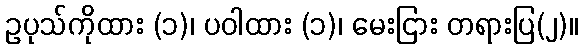
ဥပုသ်ကိုထား (၁)၊ ပဝါထား (၁)၊ မေးငြား တရားပြ(၂)။